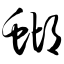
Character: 蝴